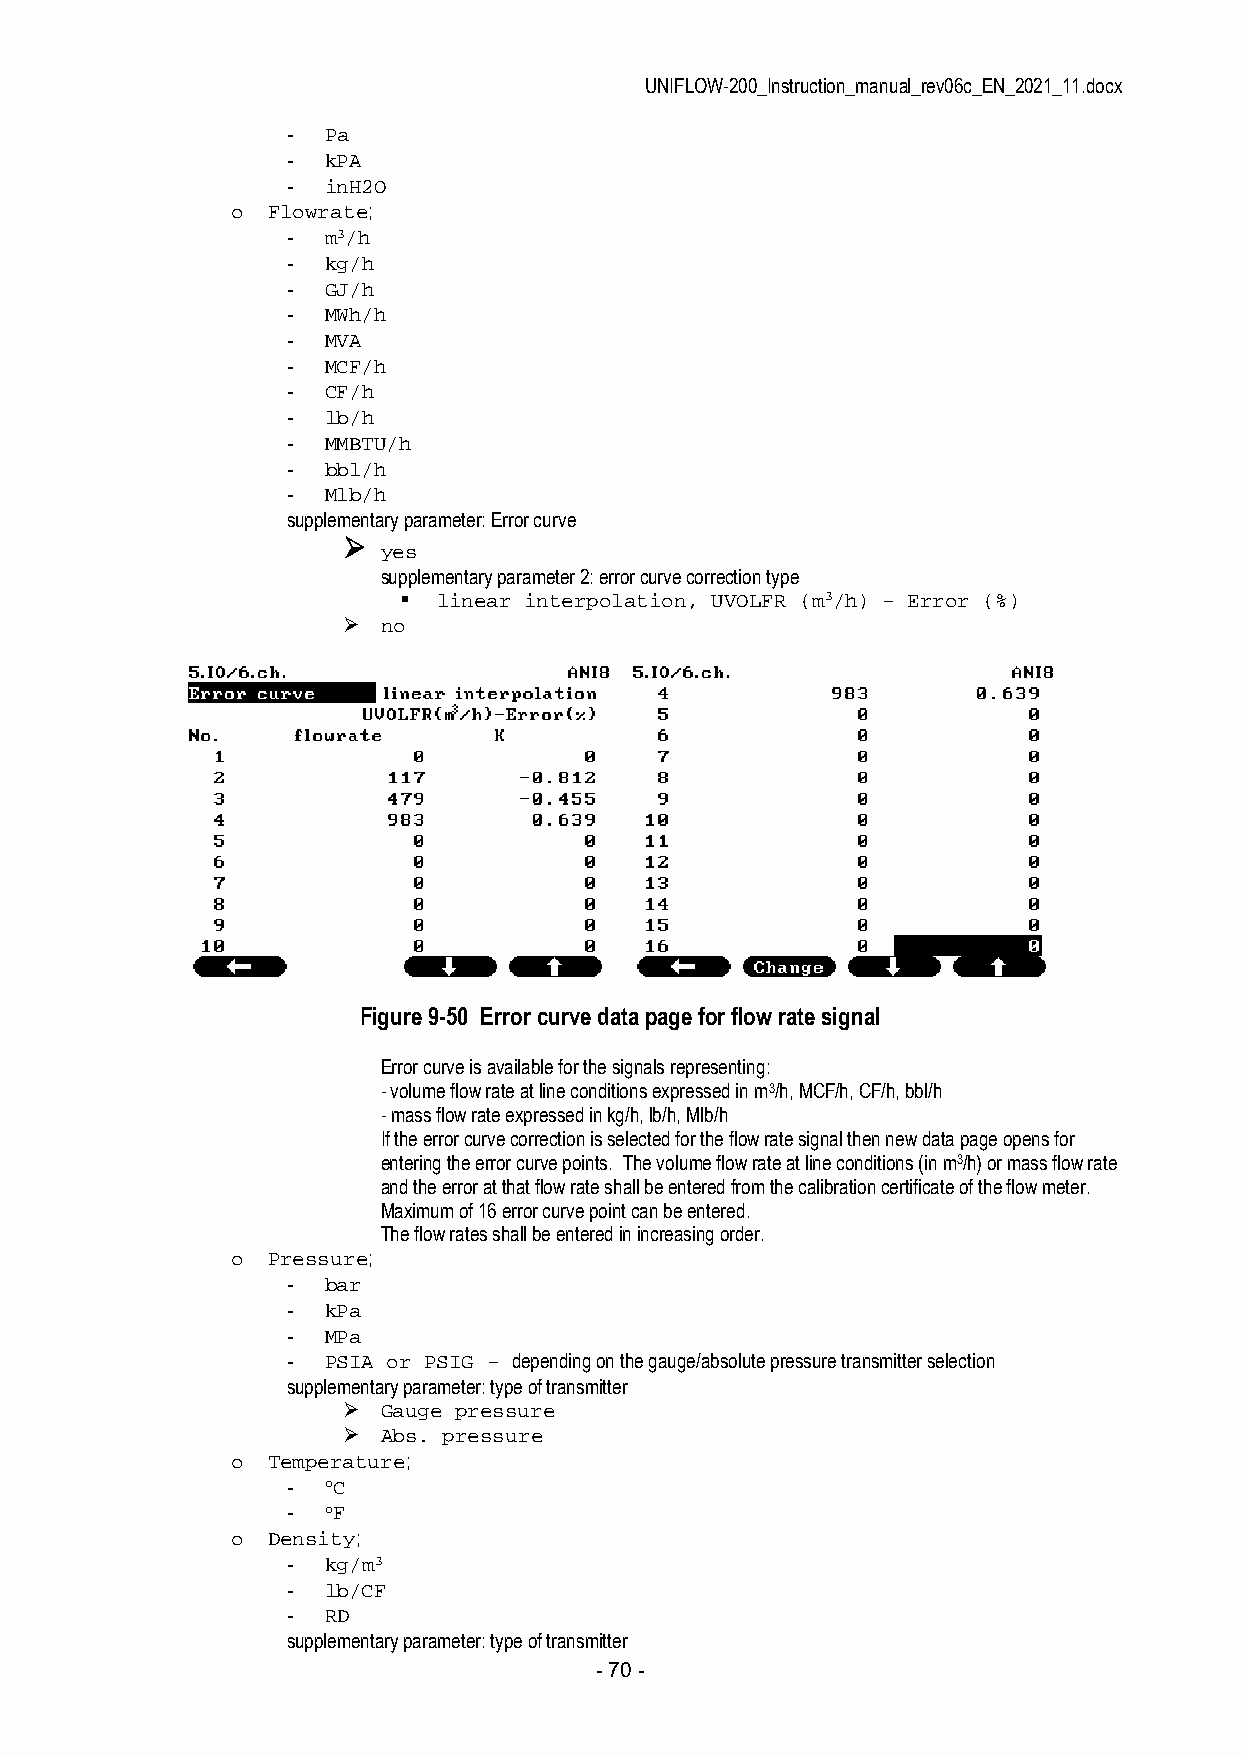
UNIFLOW-200_Instruction_manual_rev06c_EN_2021_11.docx
 - Pa
 - kPA
 - inH2O
 o  Flowrate;
 - m3/h
 - kg/h
 - GJ/h
 - MWh/h
 - MVA
 - MCF/h
 - CF/h
 - lb/h
 - MMBTU/h
 - bbl/h
 - Mlb/h
 supplementary parameter: Error curve
 
 yes
 supplementary parameter 2: error curve correction type
   linear interpolation, UVOLFR (m3/h) – Error (%)
  no
 Figure 9-50 Error curve data page for flow rate signal
 Error curve is available for the signals representing:
 - volume flow rate at line conditions expressed in m3/h, MCF/h, CF/h, bbl/h
 - mass flow rate expressed in kg/h, lb/h, Mlb/h
 If the error curve correction is selected for the flow rate signal then new data page opens for
 entering the error curve points. The volume flow rate at line conditions (in m3/h) or mass flow rate
 and the error at that flow rate shall be entered from the calibration certificate of the flow meter.
 Maximum of 16 error curve point can be entered.
 The flow rates shall be entered in increasing order.
 o  Pressure;
 - bar
 - kPa
 - MPa
 - PSIA or PSIG – depending on the gauge/absolute pressure transmitter selection
 supplementary parameter: type of transmitter
  Gauge pressure
  Abs. pressure
 o  Temperature;
 - oC
 - oF
 o  Density;
 - kg/m3
 - lb/CF
 - RD
 supplementary parameter: type of transmitter
 - 70 -